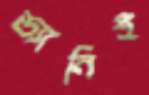
ড্যানিই